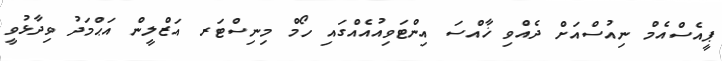
ޕީއެސްއެމް ނިއުސްއަށް ދެއްވި ޚާއްސަ އިންޓަވިއުއެއްގައި ހޯމް މިނިސްޓަރ އަޒްލީން އަޙްމަދު ވިދާޅުވީ